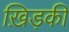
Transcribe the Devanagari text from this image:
ख़िड़की